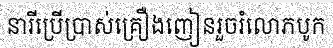
នារីប្រើប្រាស់គ្រឿងញៀនរួចរំលោភបូក